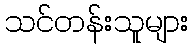
သင်တန်းသူများ